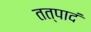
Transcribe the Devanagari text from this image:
तत्पादं